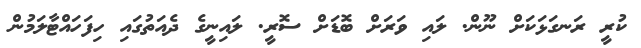
ކުރީ ރަނގަޅަކަށް ނޫން. ލައި ވަރަށް ބޮޑަށް ސޮރީ. ލައިނީގެ ދެއަތުގައި ހިފަހައްޓާލަމުން